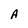
Character: A